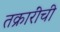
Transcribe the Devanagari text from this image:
तक्रारींची